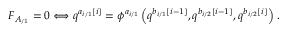
F _ { A _ { / 1 } } = 0 \Longleftrightarrow q ^ { a _ { i / 1 } \left[ i \right] } = \phi ^ { a _ { i / 1 } } \left( q ^ { b _ { i / 1 } \left[ i - 1 \right] } , q ^ { b _ { i / 2 } \left[ i - 1 \right] } , q ^ { b _ { i / 2 } \left[ i \right] } \right) \, .